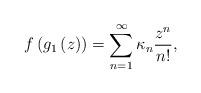
LaTeX: \begin{align*}f\left(g_1\left(z\right)\right)=\sum_{n=1}^{\infty} \kappa_n \frac{z^n}{n!},\end{align*}